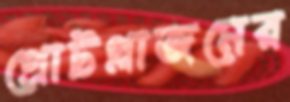
প্রোটপ্লাজমের